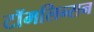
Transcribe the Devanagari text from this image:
टॉमलिन्सन